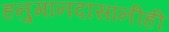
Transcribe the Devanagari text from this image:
हनुमानदासांनीही